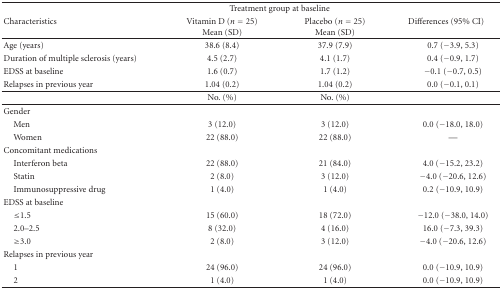
<table><thead><tr><td rowspan="2"><b>Characteristics</b></td><td colspan="2"><b>Treatment group at baseline</b></td><td rowspan="2"><b>Differences (95% CI)</b></td></tr><tr><td><b>Vitamin D (<i>n</i> = 25) Mean (SD)</b></td><td><b>Placebo (<i>n</i> = 25) Mean (SD) </b></td></tr></thead><tbody><tr><td>Age (years)</td><td>38.6 (8.4)</td><td>37.9 (7.9)</td><td>0.7 (−3.9, 5.3)</td></tr><tr><td>Duration of multiple sclerosis (years)</td><td>4.5 (2.7)</td><td>4.1 (1.7)</td><td>0.4 (−0.9, 1.7)</td></tr><tr><td>EDSS at baseline</td><td>1.6 (0.7)</td><td>1.7 (1.2)</td><td>−0.1 (−0.7, 0.5)</td></tr><tr><td>Relapses in previous year</td><td>1.04 (0.2)</td><td>1.04 (0.2)</td><td>0.0 (−0.1, 0.1) </td></tr><tr><td></td><td>No. (%)</td><td>No. (%)</td><td></td></tr><tr><td>Gender</td><td></td><td></td><td></td></tr><tr><td> Men</td><td>3 (12.0)</td><td>3 (12.0)</td><td>0.0 (−18.0, 18.0)</td></tr><tr><td> Women</td><td>22 (88.0)</td><td>22 (88.0)</td><td>—</td></tr><tr><td>Concomitant medications</td><td></td><td></td><td></td></tr><tr><td> Interferon beta</td><td>22 (88.0)</td><td>21 (84.0)</td><td>4.0 (−15.2, 23.2)</td></tr><tr><td> Statin</td><td>2 (8.0)</td><td>3 (12.0)</td><td>−4.0 (−20.6, 12.6)</td></tr><tr><td> Immunosuppressive drug</td><td>1 (4.0)</td><td>1 (4.0)</td><td>0.2 (−10.9, 10.9)</td></tr><tr><td>EDSS at baseline</td><td></td><td></td><td></td></tr><tr><td> ≤1.5</td><td>15 (60.0)</td><td>18 (72.0)</td><td>−12.0 (−38.0, 14.0)</td></tr><tr><td> 2.0–2.5</td><td>8 (32.0)</td><td>4 (16.0)</td><td>16.0 (−7.3, 39.3)</td></tr><tr><td> ≥3.0</td><td>2 (8.0)</td><td>3 (12.0)</td><td>−4.0 (−20.6, 12.6)</td></tr><tr><td>Relapses in previous year</td><td></td><td></td><td></td></tr><tr><td> 1</td><td>24 (96.0)</td><td>24 (96.0)</td><td>0.0 (−10.9, 10.9)</td></tr><tr><td> 2</td><td>1 (4.0)</td><td>1 (4.0)</td><td>0.0 (−10.9, 10.9)</td></tr></tbody></table>